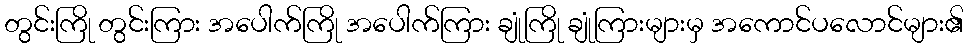
တွင်းကြို တွင်းကြား အပေါက်ကြို အပေါက်ကြား ချုံကြို ချုံကြားများမှ အကောင်ပလောင်များ၏